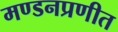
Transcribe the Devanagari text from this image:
मण्डनप्रणीत